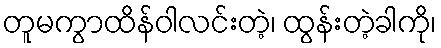
တူမကွာထိန်ဝါလင်းတဲ့၊ ထွန်းတဲ့ခါကို၊